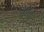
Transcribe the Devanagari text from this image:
वेधाः